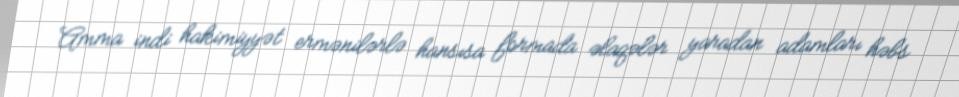
Amma indi hakimiyyət ermənilərlə hansısa formada əlaqələr yaradan adamları həbs